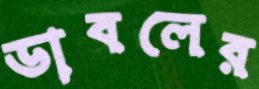
ডাবলের